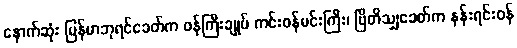
နောက်ဆုံး မြန်မာဘုရင်ခေတ်က ဝန်ကြီးချုပ် ကင်းဝန်မင်းကြီး၊ ဗြိတိသျှခေတ်က နန်းရင်းဝန်